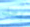
بعد